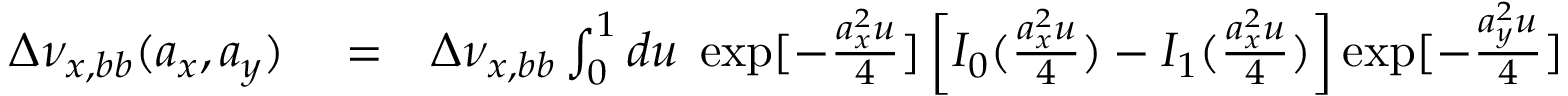
\begin{array} { r l r } { \Delta \nu _ { x , b b } ( a _ { x } , a _ { y } ) } & { { } = } & { \Delta \nu _ { x , b b } \int _ { 0 } ^ { 1 } d u \; \exp [ - \frac { a _ { x } ^ { 2 } u } { 4 } ] \left[ I _ { 0 } ( \frac { a _ { x } ^ { 2 } u } { 4 } ) - I _ { 1 } ( \frac { a _ { x } ^ { 2 } u } { 4 } ) \right] \exp [ - \frac { a _ { y } ^ { 2 } u } { 4 } ] } \end{array}